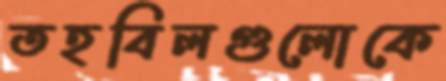
তহবিলগুলোকে